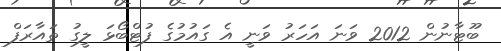
ބޫޓާނުން 2012 ވަނަ އަހަރު ވަނީ އެ ގައުމުގެ ފުޓްބޯޅަ ލީގު ތައާރަފް